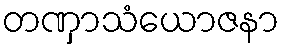
တဏှာသံယောဇနာ